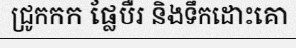
ជ្រូកកក ផ្លែបឺរ និងទឹកដោះគោ